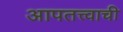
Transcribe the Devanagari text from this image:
आपतत्त्वाची